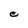
Character: C